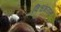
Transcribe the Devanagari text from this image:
विश्वंभरास